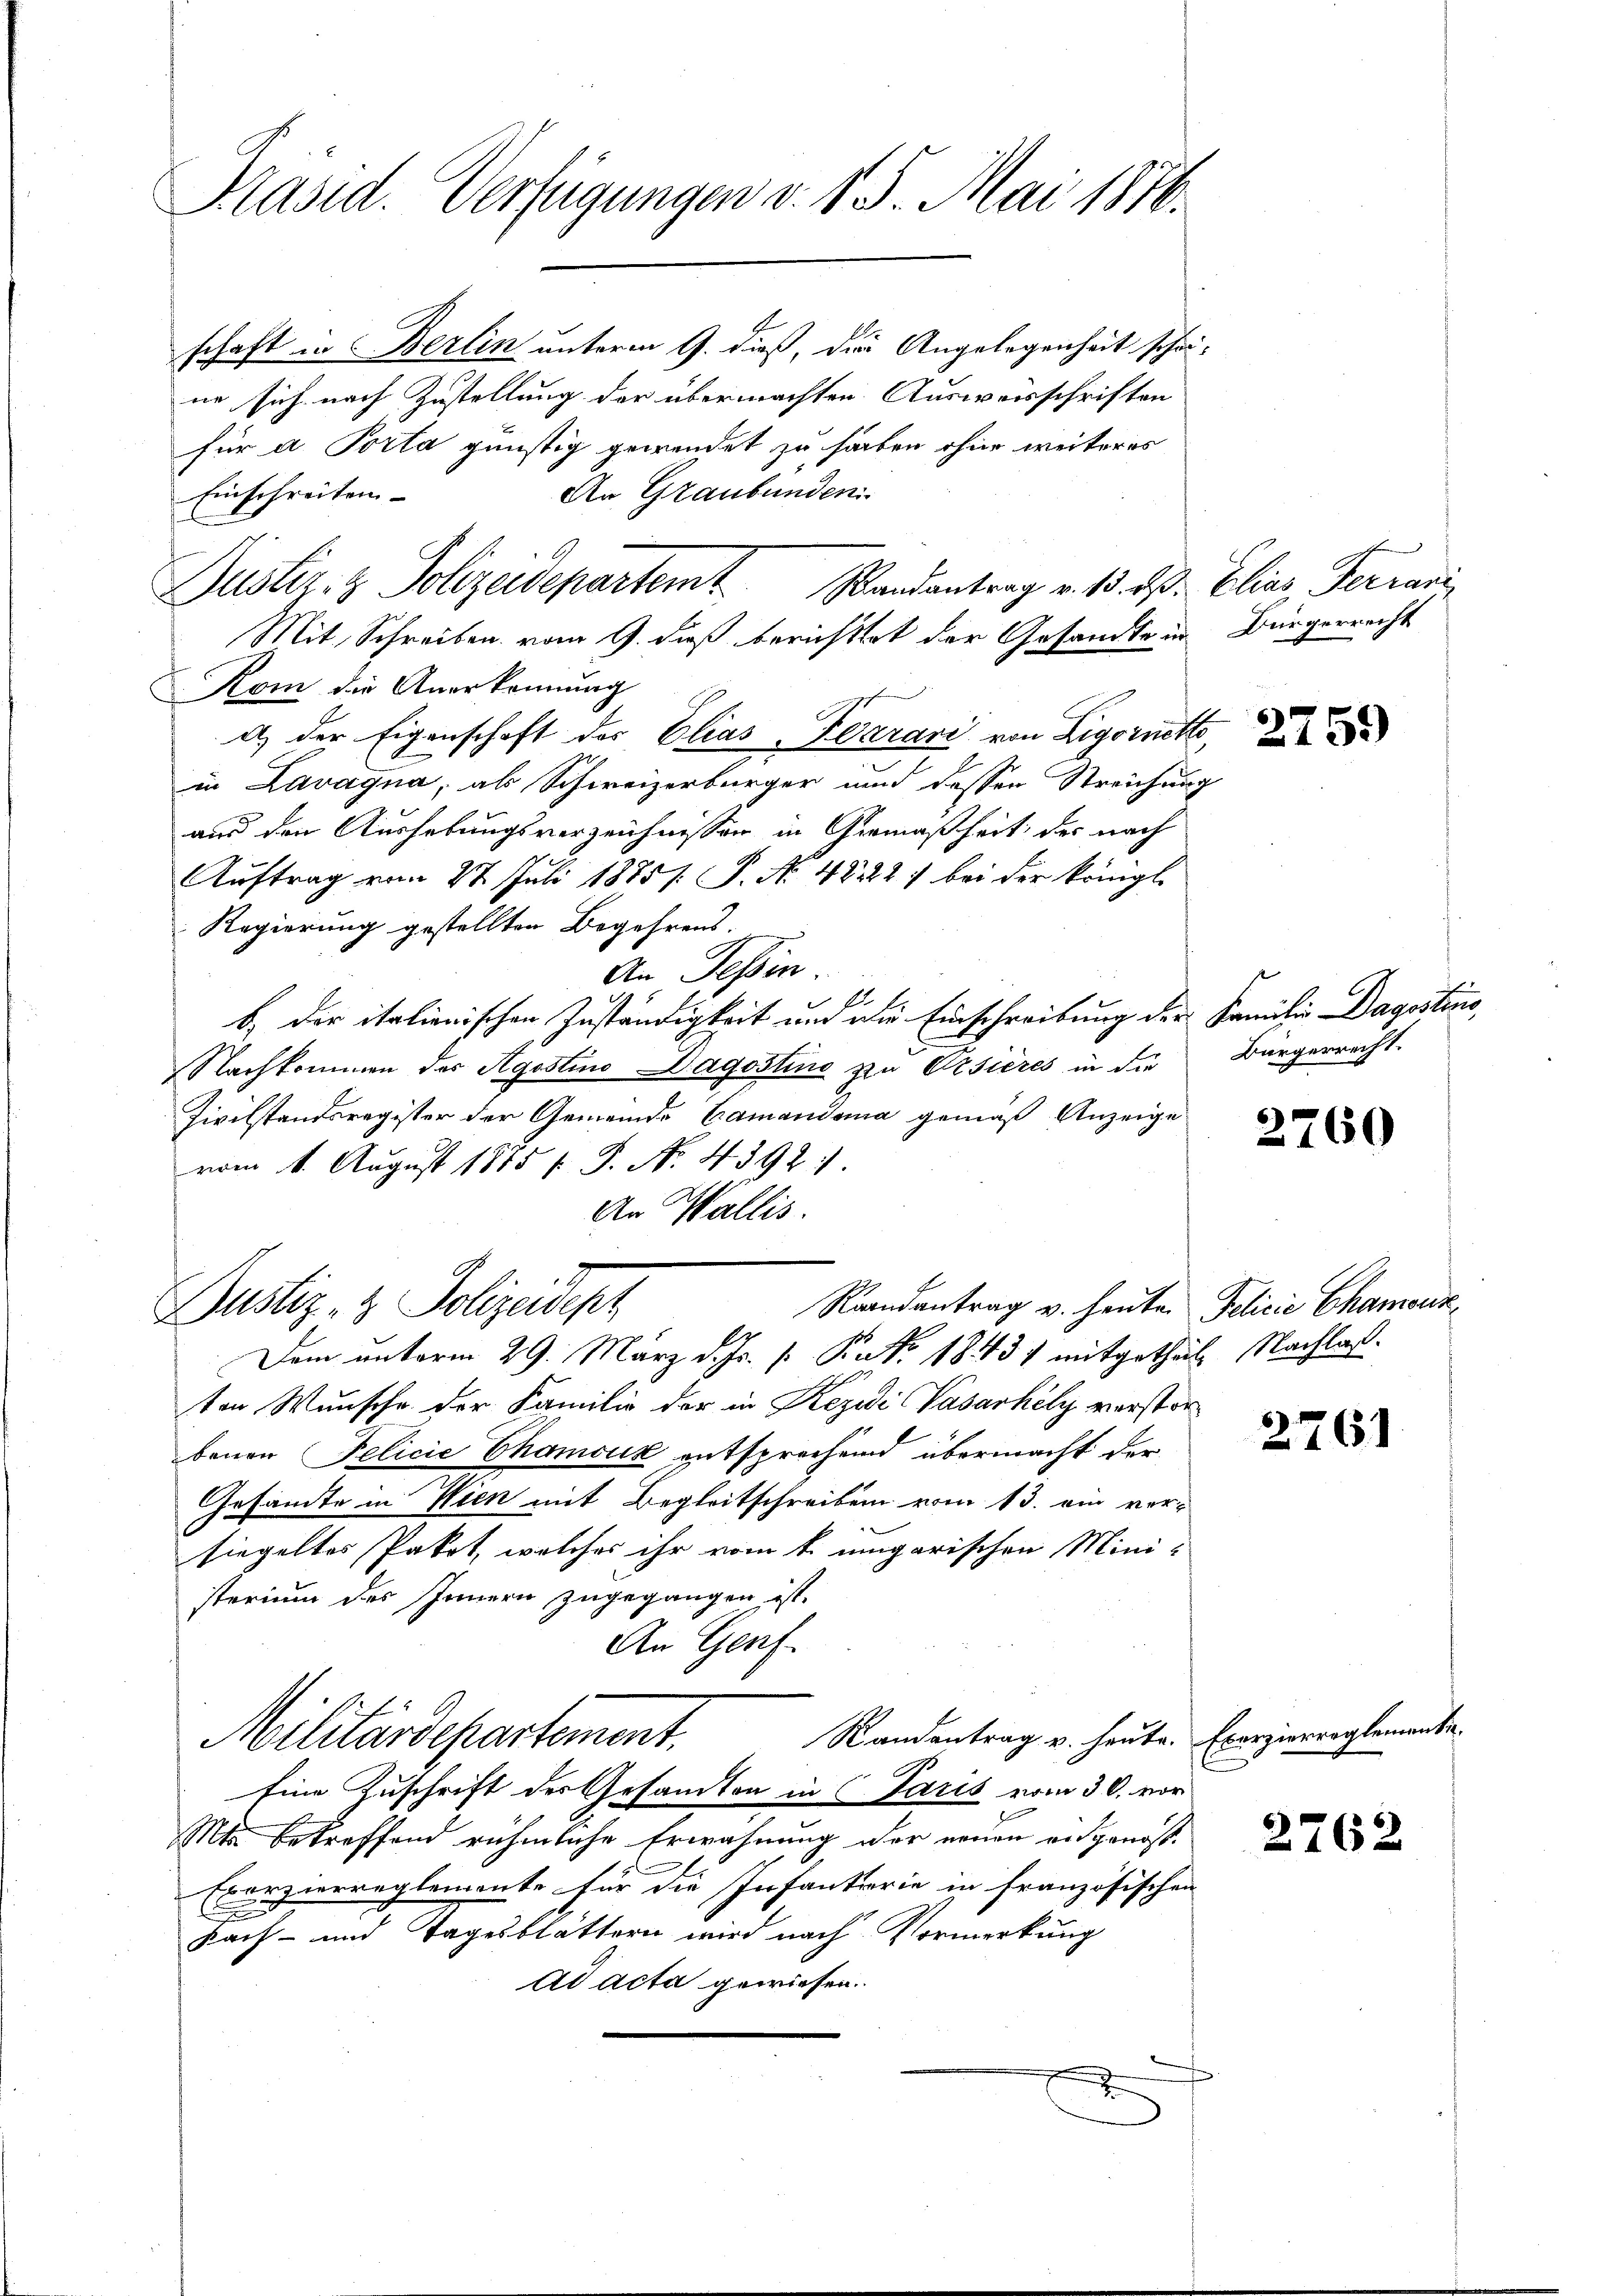
Präsid. Verfügungen v. 15. Mai 1876.

schaft in Berlin unterm 9. dieß, die Angelegenheit schönne sich nach Zustellung der übermachten Ausweisschriften
für a Porta günstig gewendet zu haben ohne weiteres
Einschreiten
An Graubünden
Mit Schreiben vom 9. dieß berichttet der Gesandte in
Kom die Anerkennung
d) der Eigenschaft der Elias-Klarari von Ligorneth,
in Lavagna, als Schweizerbürger und dessen Streichung
aus den Aushebungsverzeichnissen in Gemäßheit des nach
Auftrag vom 28. Juli 1875. P. No. 48222: bei der königl.
Regierung gestellten Begehrens.
An Tessin

e
b. der italienischen Zuständigkeit um die Einschreibung der Familie Dagostine,
Nachkommen der Agostino Dagostine zu Ersières in die
Zivilstandsregister der Gemeinde Camandoma gemäß Anzeige
vom 1. August 1885 f. S. No. 4392:
An Wallis.
Raandantrag v. heute.
Justiz- & Polizeidept
Dem unterm 29. März d. Js. v. Rat. 18431 mitgetheil Nachlaß.
ten Wunsche der Familie der in Rezidi Vasarhily verstorbenen Felicie Chamoux entsprechend übermacht der
Gesandte in Wien mit Begleitschreiben vom 13. ein ver-
siegeltes Paket, welches ihr vom 1. ungarischen Mini-
sterium des Innern zugegangen ist.
An Genf.
Randantrag u. heute.
Militärdepartement.
Eine Zuschrift der Gesandten in Paris vom 30. vor
Mts. betreffend rühmliche Erwähnung der neuen angenos¬
Eporzierreglemente für die Infanterie in französischen
E
Fach- und Tagesblättern wird nach Vormerkung
ad acta gewiesen.
x

Justiz- & Polizeidepartemt
Randantrag v. 13. ds.

Elias Ferrari
Bürgerrecht

2759

Bürgerrecht.

2760

Pelicie Chamonz

2761

Exerzierreglemente.

2762